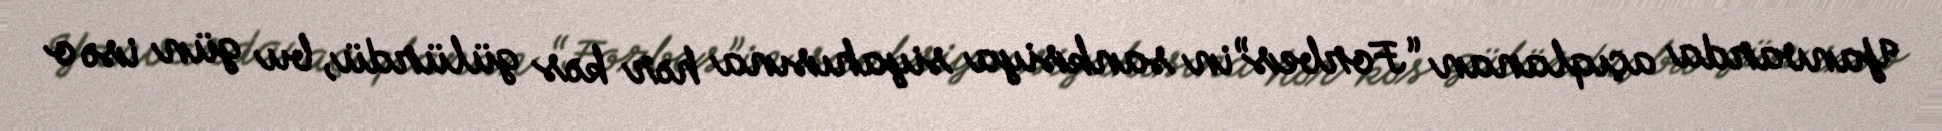
Yanvarda açıqlanan “Forbes”in sanksiya siyahısına hər kəs gülürdü, bu gün isə o